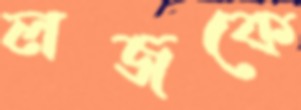
লজকে